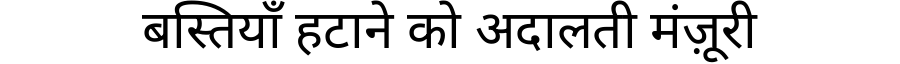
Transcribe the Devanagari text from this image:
बस्तियाँ हटाने को अदालती मंज़ूरी